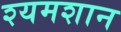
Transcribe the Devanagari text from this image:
श्यमशान